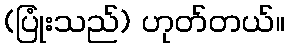
(ပြုံးသည်) ဟုတ်တယ်။